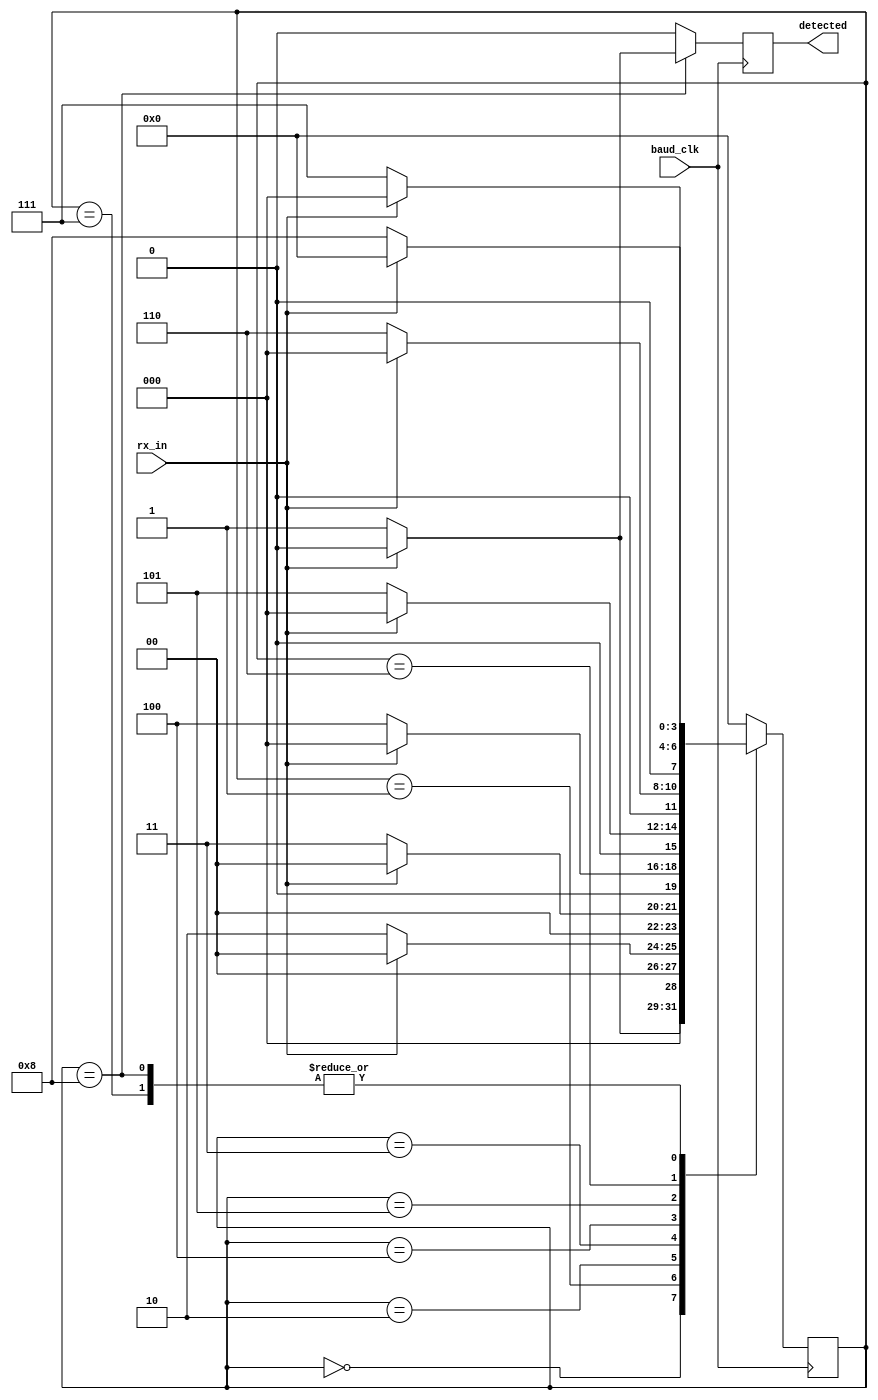
`timescale 1ns / 1ps
//////////////////////////////////////////////////////////////////////////////////
// Company: 
// Engineer: 
// 
// Design Name: 
// Module Name:    DETECT_START_RECIEVER 
// Project Name: 
// Target Devices: 
// Tool versions: 
// Description: 
//
// Dependencies: 
//
// Revision: 
// Revision 0.01 - File Created
// Additional Comments: 
//
//////////////////////////////////////////////////////////////////////////////////
module DETECT_START_RECIEVER(baud_clk,rx_in,detected);
input baud_clk;
input rx_in;
output reg detected;

reg [3:0]state;

parameter IDLE=4'b0000,cycle1=4'b0001,cycle2=4'b0010,cycle3=4'b0011,cycle4=4'b0100,cycle5=4'b0101,cycle6=4'b0110,cycle7=4'b0111,cycle8=4'b1000;

always@(posedge baud_clk)
	begin

		case(state)

			IDLE: if(rx_in==0)
						begin
							state=cycle1;
							detected=0;
						end
					else
						begin
							state=IDLE;
							detected=0;
						end
				
			cycle1: if(rx_in==0)
								begin
									state=cycle2;
									detected=0;
								end
							else
								begin
									state=IDLE;
									detected=0;
								end
						
			cycle2: if(rx_in==0)
								begin
									state=cycle3;
									detected=0;
								end
							else
								begin
									state=IDLE;
									detected=0;
								end
						
			cycle3: if(rx_in==0)
								begin
									state=cycle4;
									detected=0;
								end
							else 
									begin
										state=IDLE;
										detected=0;
									end
			cycle4: if(rx_in==0)
								begin
									state=cycle5;
									detected=0;
								end
							else 
									begin
										state=IDLE;
										detected=0;
									end
			cycle5: if(rx_in==0)
								begin
									state=cycle6;
									detected=0;
								end
							else 
									begin
										state=IDLE;
										detected=0;
									end
									
			cycle6: if(rx_in==0)
								begin
									state=cycle7;
									detected=0;
								end
							else 
									begin
										state=IDLE;
										detected=0;
									end
									
			cycle7: if(rx_in==0)
								begin
									state=cycle8;
									detected=0;
								end
							else 
									begin
										state=IDLE;
										detected=0;
									end
												
			cycle8: if(rx_in==0)
									begin
										state=cycle8;
										detected=1;
									end
								else 
									begin
										state=IDLE;
										detected=0;
									end
					
			default:
								begin
									state=IDLE;
									detected=0;
								end
		endcase
					
	end				
endmodule

//module DETECT_START_RECIEVER(
//    input baurd_clk,data,
//    output reg start_bit
//    );
//	 
//	 parameter Idl = 3'd0, detect_1 = 3'd1, detect_2 = 3'd2, detect_3 = 3'd3, detect_4 = 3'd4, detect_5 = 3'd5, detect_6 = 3'd6, detect_7 = 3'd7;
//	 reg [2:0] state; 
//	 
//	 
//	 always@(posedge baurd_clk)
//	 begin
//	 case(state)
//	 
//Idl : if (!data)
//			begin
//			state = detect_1;
//			start_bit = 0;
//			end
//			else
//			begin
//			state = Idl;
//			start_bit = 0;
//			end
//detect_1 : if (!data)
//			begin
//			state = detect_2;
//			start_bit = 0;
//			end
//			else
//			begin
//			state = Idl;
//			start_bit = 0;
//			end
//detect_2 : if (!data)
//			begin
//			state = detect_3;
//			start_bit = 0;
//			end
//			else
//			begin
//			state = Idl;
//			start_bit = 0;
//			end	 
//detect_3 : if (!data)
//			begin
//			state = detect_4;
//			start_bit = 0;
//			end
//			else
//			begin
//			state = Idl;
//			start_bit = 0;
//			end	 
//detect_4 : if (!data)
//			begin
//			state = detect_5;
//			start_bit = 0;
//			end
//			else
//			begin
//			state = Idl;
//			start_bit = 0;
//			end	 
//detect_5 : if (!data)
//			begin
//			state = detect_6;
//			start_bit = 0;
//			end
//			else
//			begin
//			state = Idl;
//			start_bit = 0;
//			end
//detect_6 : if (!data)
//			begin
//			state = detect_7;
//			start_bit = 0;
//			end
//			else
//			begin
//			state = Idl;
//			start_bit = 0;
//			end
//detect_7 : if (!data)
//			begin
//			state = detect_7;
//			start_bit = 1;
//			end
//			else
//			begin
//			state = Idl;
//			start_bit = 0;
//			end
//default:
//				begin
//				state=Idl;
//				start_bit=0;
//				end
//endcase
//end
//endmodule